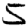
Digit: 5